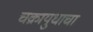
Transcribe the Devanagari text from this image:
चक्रायुधाचा